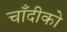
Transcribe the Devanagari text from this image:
चाँदीको